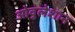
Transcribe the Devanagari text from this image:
ओवुलेशान